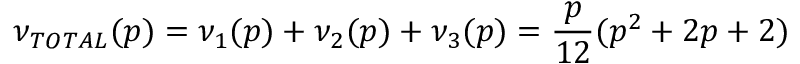
\nu _ { T O T A L } ( p ) = \nu _ { 1 } ( p ) + \nu _ { 2 } ( p ) + \nu _ { 3 } ( p ) = \frac { p } { 1 2 } ( p ^ { 2 } + 2 p + 2 )